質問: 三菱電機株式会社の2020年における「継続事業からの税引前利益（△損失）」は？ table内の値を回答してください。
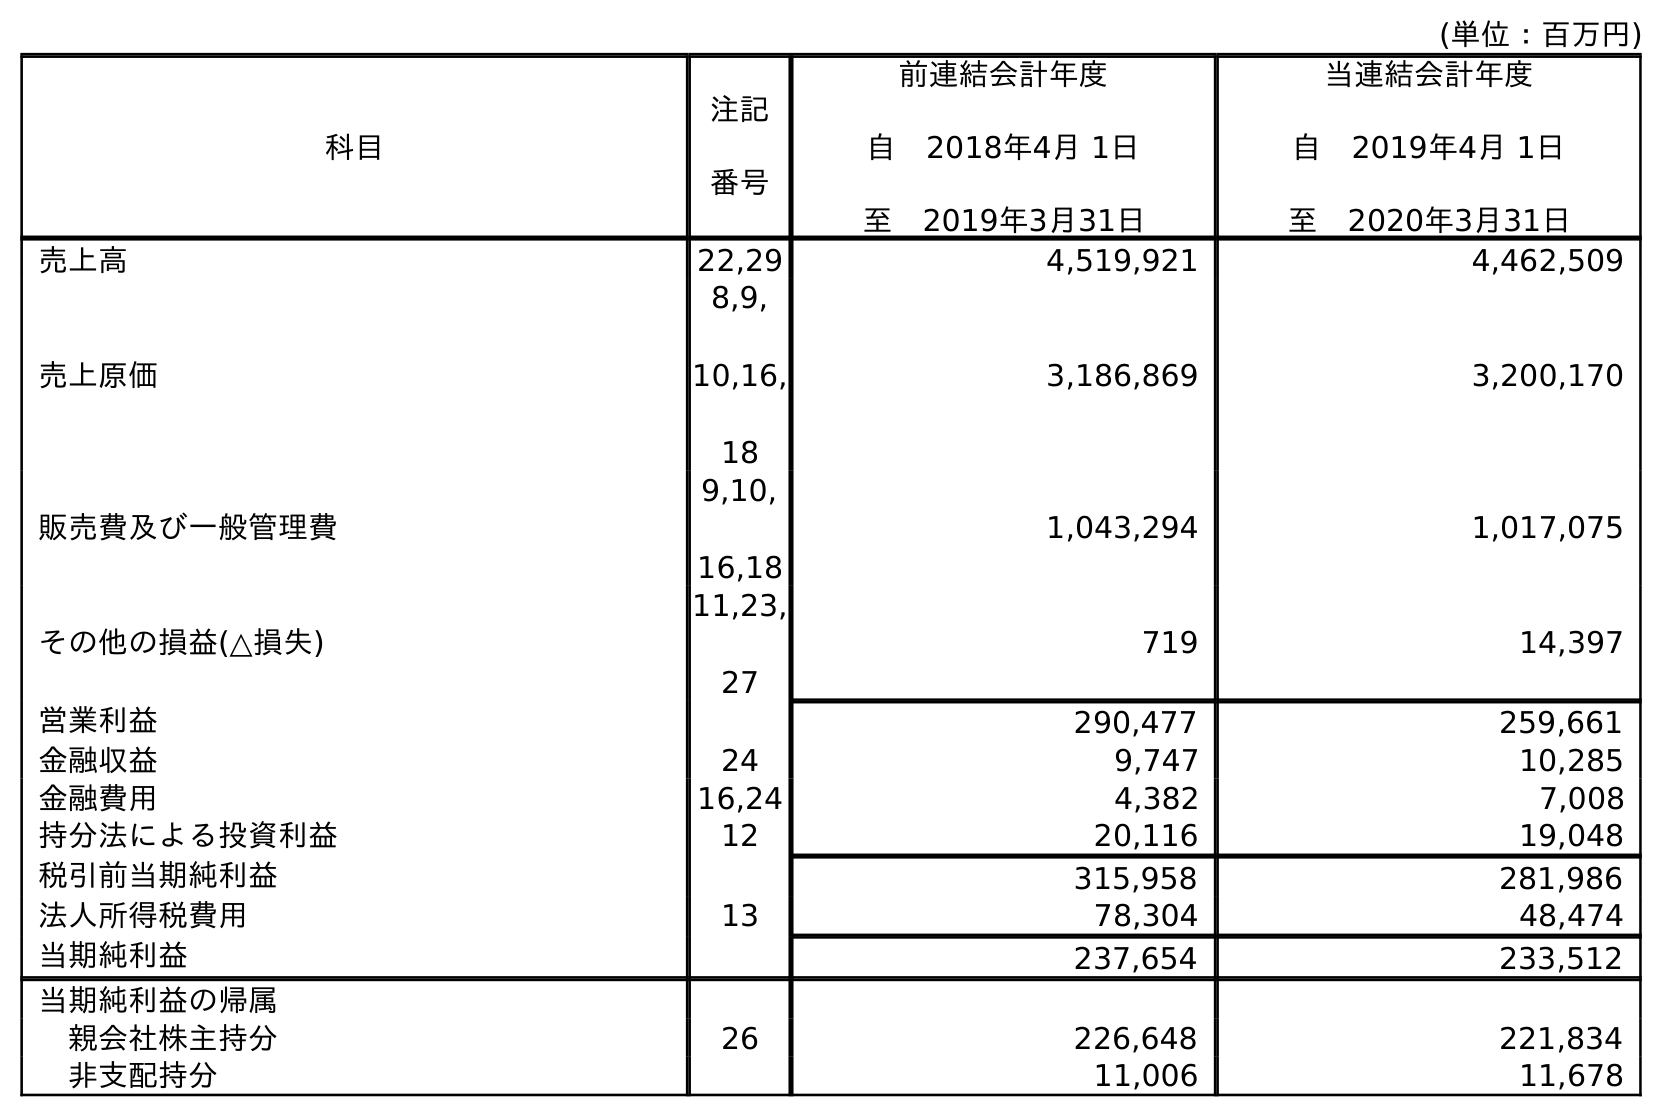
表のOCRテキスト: (単位：百万円) 科目 注記 番号 前連結会計年度 自 2018年4月 1日 至 2019年3月31日 当連結会計年度 自 2019年4月 1日 至 2020年3月31日 売上高 22,29 4,519,921 4,462,509 売上原価 8,9, 10,16, 18 3,186,869 3,200,170 販売費及び一般管理費 9,10, 16,18 1,043,294 1,017,075 その他の損益(△損失) 11,23, 27 719 14,397 営業利益 290,477 259,661 金融収益 24 9,747 10,285 金融費用 16,24 4,382 7,008 持分法による投資利益 12 20,116 19,048 税引前当期純利益 315,958 281,986 法人所得税費用 13 78,304 48,474 当期純利益 237,654 233,512 当期純利益の帰属 親会社株主持分 26 226,648 221,834 非支配持分 11,006 11,678
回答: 281,986